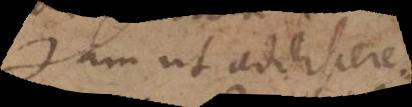
Jam ut addiscere